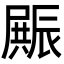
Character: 𮝿